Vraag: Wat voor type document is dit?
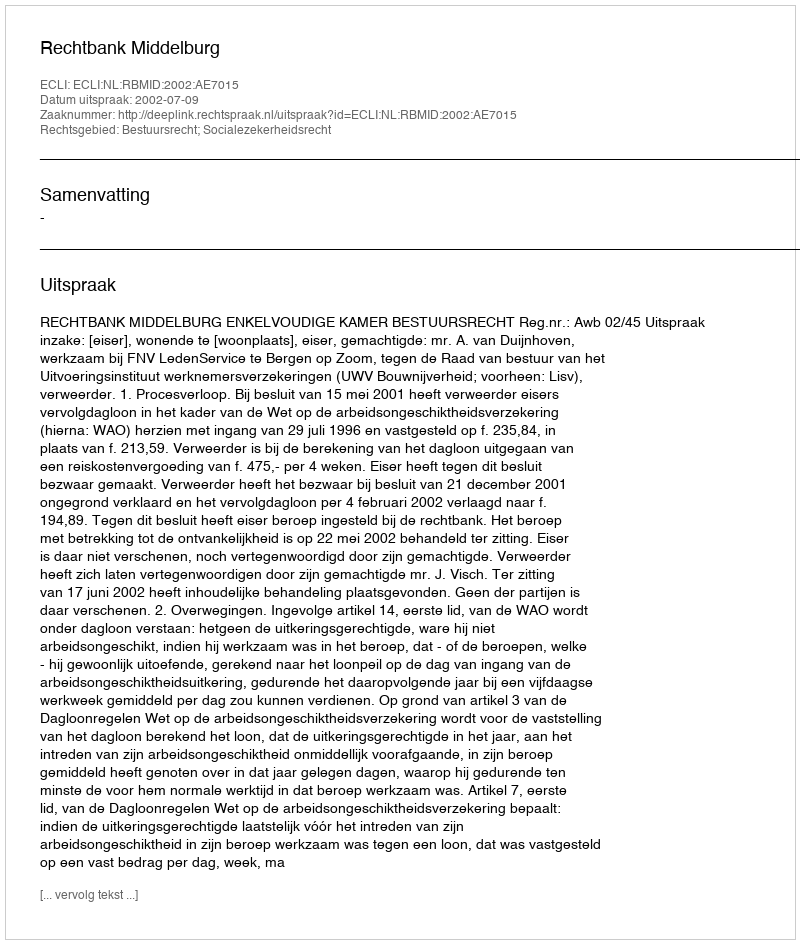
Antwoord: Uitspraak